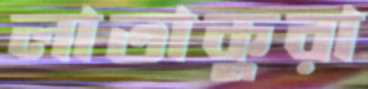
লাতাকুরা